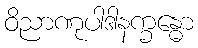
ဝိညာဏုပါဒါနက္ခန္ဓော